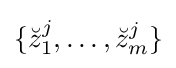
\{{\breve {z}}_{1}^{j},\ldots ,{\breve {z}}_{m}^{j}\}